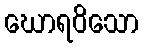
ဃောရဝိသော